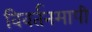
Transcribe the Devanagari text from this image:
विवर्तनमापी